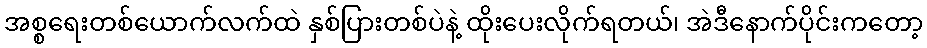
အစ္စရေးတစ်ယောက်လက်ထဲ နှစ်ပြားတစ်ပဲနဲ့ ထိုးပေးလိုက်ရတယ်၊ အဲဒီနောက်ပိုင်းကတော့